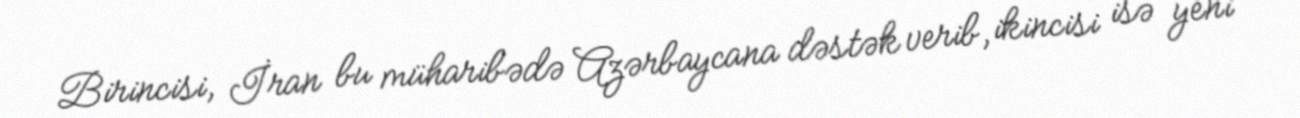
Birincisi, İran bu müharibədə Azərbaycana dəstək verib, ikincisi isə yeni